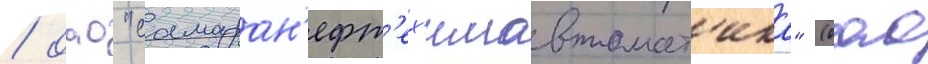
/ оао "самаран'ефт'ех'имавтомат'ика" (оао